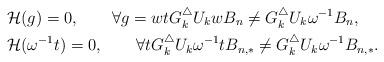
LaTeX: \begin{align*}&\mathcal{H}(g)=0,\qquad\forall g=wtG_k^{\triangle}U_kwB_n\ne G_k^{\triangle}U_k\omega^{-1}B_n, \\&\mathcal{H}(\omega^{-1}t)=0,\qquad\forall tG_k^{\triangle}U_k\omega^{-1}tB_{n,*}\ne G_k^{\triangle}U_k\omega^{-1}B_{n,*}.\end{align*}